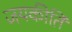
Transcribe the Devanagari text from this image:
जयकीर्ति